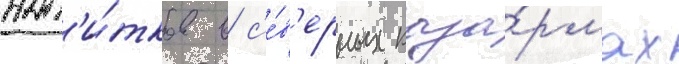
нап'и́тков в с'е́в'ерных каза́рмах